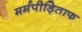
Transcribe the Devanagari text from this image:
मर्मपीड़िताफ